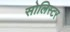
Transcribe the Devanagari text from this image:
सोलिस्टर